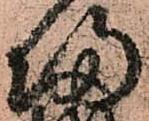
帰